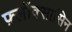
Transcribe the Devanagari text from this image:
फ़्लॉक्सासिन